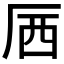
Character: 𱑝